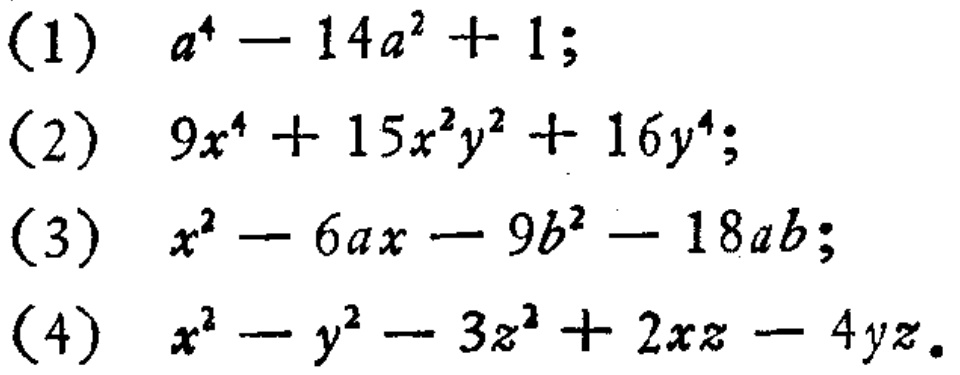
(1) \(a^{4}-14a^{2}+1\);

(2) \(9x^{4}+15x^{2}y^{2}+16y^{4}\);

(3) \(x^{2}-6ax - 9b^{2}-18ab\);

(4) \(x^{2}-y^{2}-3z^{2}+2xz - 4yz\).